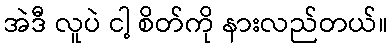
အဲဒီ လူပဲ ငါ့ စိတ်ကို နားလည်တယ်။